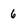
Character: 6